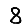
Digit: 8